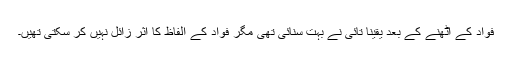
فواد کے اٹھنے کے بعد یقیناً تائی نے بہت سنائی تھی مگر فواد کے الفاظ کا اثر زائل نہیں کر سکتی تھیں۔